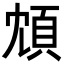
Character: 䪴